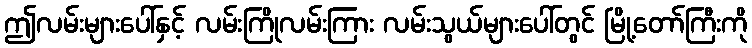
ဤလမ်းများပေါ်နှင့် လမ်းကြိုလမ်းကြား လမ်းသွယ်များပေါ်တွင် မြို့တော်ကြီးကို